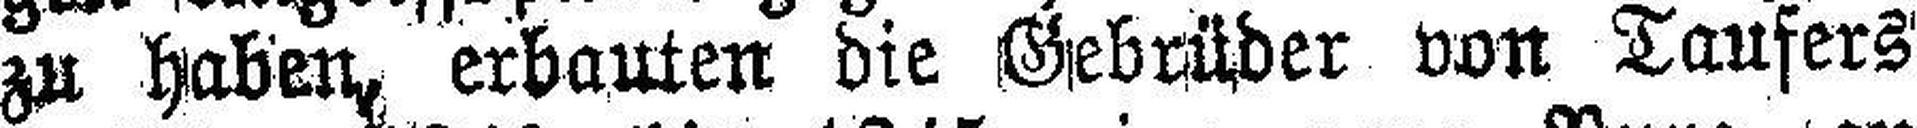
zu haben, erbauten die Gebrüder von Taufers